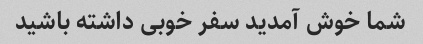
شما خوش آمدید سفر خوبی داشته باشید